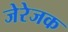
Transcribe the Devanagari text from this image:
जेरेजक